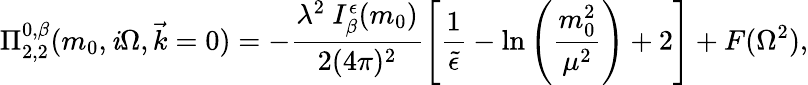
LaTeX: \Pi_{2,2}^{0,\beta}(m_{0},\mathit{i}\Omega,\vec{{k}}=0)=-\frac{{\lambda^{2}~I_{\beta}^{\epsilon}(m_{0})}}{{2(4\pi)^{2}}}\left[\frac{{1}}{{\tilde{{\epsilon}}}}-\ln\left(\frac{{m_{0}^{2}}}{{\mu^{2}}}\right)+2\right]+F(\Omega^{2}),